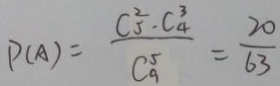
P ( A ) = \frac { C ^ { 2 } _ { 5 } \cdot C _ { 4 } ^ { 3 } } { C _ { 9 } ^ { 5 } } = \frac { 2 0 } { 6 3 }